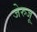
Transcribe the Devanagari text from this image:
जेरुजू